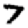
Digit: 7